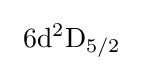
\ \mathrm {6d^{2}D_{5/2}} \